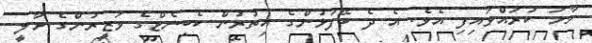
ހާމަ ކުރައްވައިފި އެވެ. އެ ދެ ބޭފުޅުންގެ އިތުރުން ކެބިނެޓްގެ ވަޒީރުންގެ މާލީ